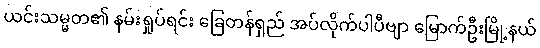
ယင်းသမ္မတ၏ နမ်းရှုပ်ရင်း ခြေတန်ရှည် အပ်လိုက်ပါပီဗျာ မြောက်ဦးမြို့နယ်